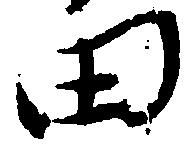
田